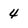
Character: 4